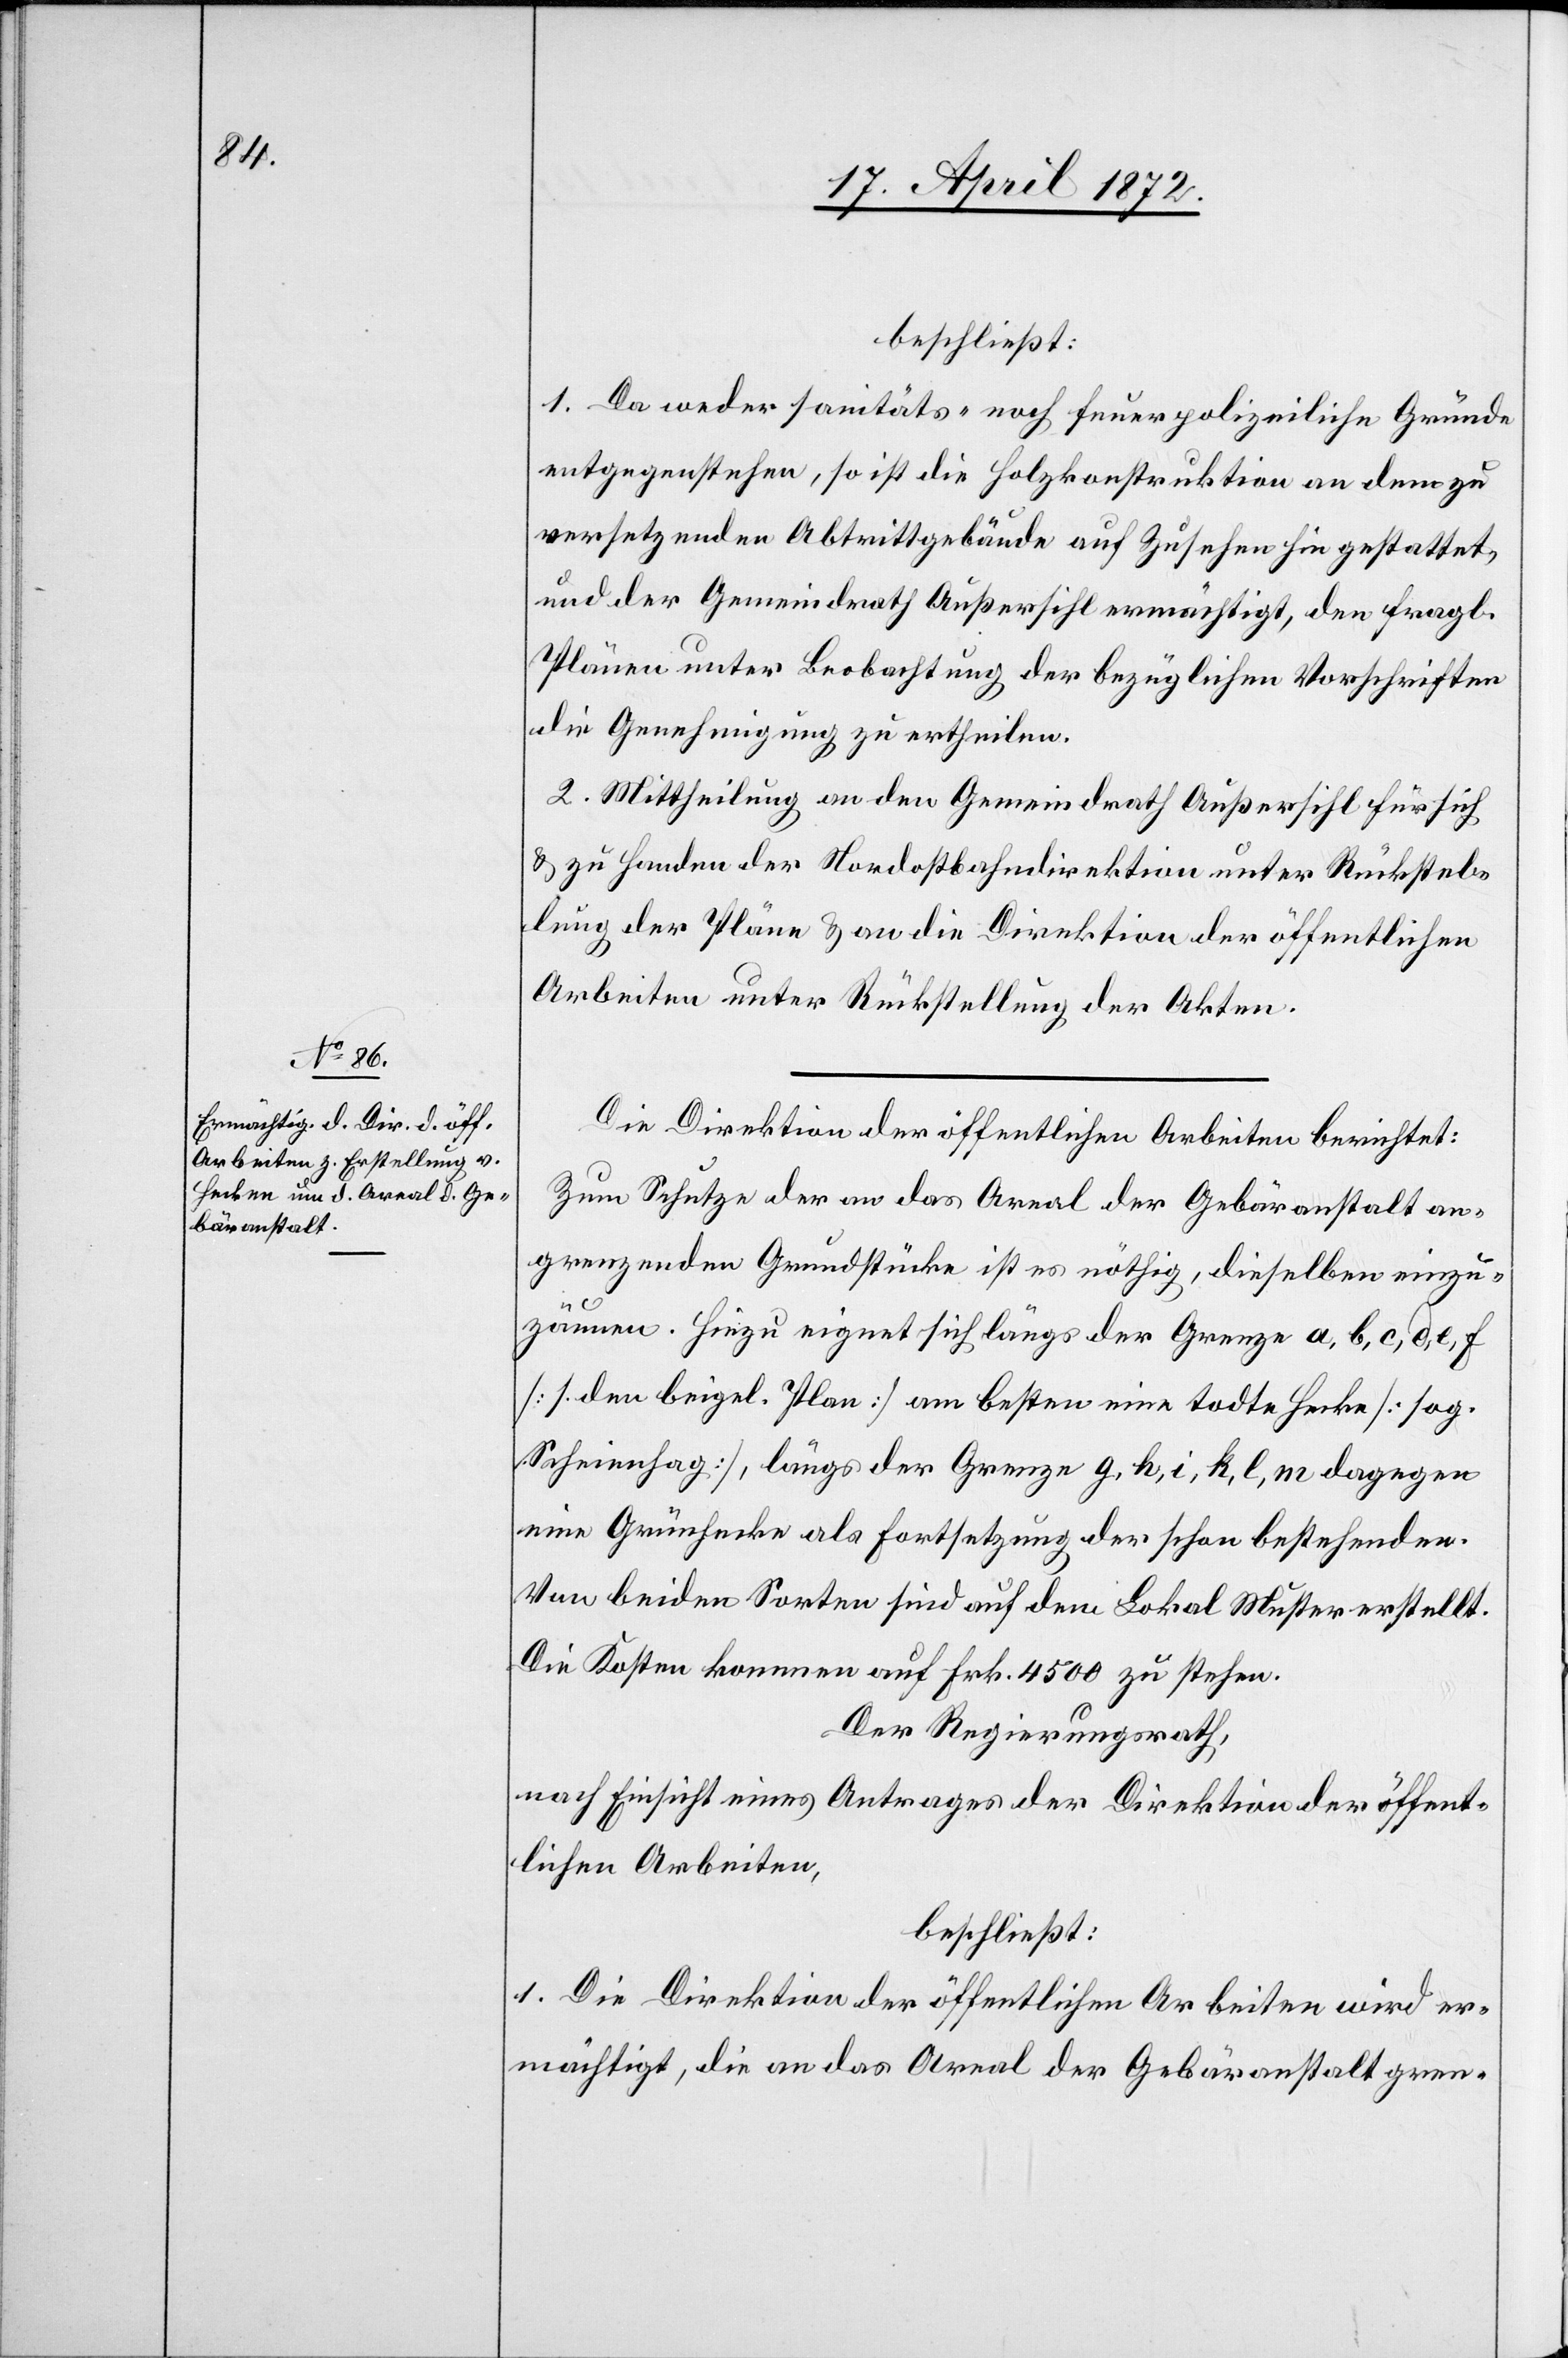
beschließt:
1. Da weder sanitäts- noch feuerpolizeiliche Gründe
entgegenstehen, so ist die Holzkonstruktion an dem zu
versetzenden Abtrittgebäude auf Zusehen hin gestattet,
und der Gemeindrath Außersihl ermächtigt, den fragl.
Plänen unter Beobachtung der bezüglichen Vorschriften
die Genehmigung zu ertheilen.
2. Mittheilung an den Gemeindrath Außersihl für sich
u. zu Handen der Nordostbahndirektion unter Rückstel¬
lung der Pläne u. an die Direktion der öffentlichen
Arbeiten unter Rückstellung der Akten.
Die Direktion der öffentlichen Arbeiten berichtet:
Zum Schutze der an das Areal der Gebäranstalt an¬
grenzenden Grundstücke ist es nöthig, dieselben einzu¬
zäunen. Hiezu eignet sich längs der Grenze a, b, c, d, e, f
[s. den beigel. Plan] am besten eine todte Hecke [sog.
Scheinnhag [sic!]], längs der Grenze g, h, i, k, l, m dagegen
eine Grünhecke als Fortsetzung der schon bestehenden.
Von beiden Sorten sind auf dem Lokal Muster erstellt.
Die Kosten kommen auf Frk. 4500 zu stehen.
Der Regierungsrath,
nach Einsicht eines Antrages der Direktion der öffent¬
lichen Arbeiten,
beschließt:
1. Die Direktion der öffentlichen Arbeiten wird er¬
mächtigt, die an das Areal der Gebäranstalt gren-